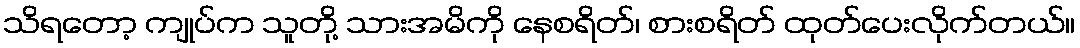
သိရတော့ ကျုပ်က သူတို့ သားအမိကို နေစရိတ်၊ စားစရိတ် ထုတ်ပေးလိုက်တယ်။